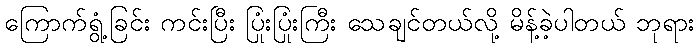
ကြောက်ရွံ့ခြင်း ကင်းပြီး ပြုံးပြုံးကြီး သေချင်တယ်လို့ မိန့်ခဲ့ပါတယ် ဘုရား